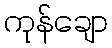
ကုန်ချော